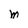
Character: M